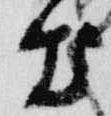
出